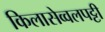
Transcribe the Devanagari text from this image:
किलासेव्वलपट्टी